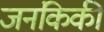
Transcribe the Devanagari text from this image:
जनंकिकी